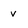
Character: v